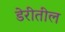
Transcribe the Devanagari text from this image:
डेरीतील